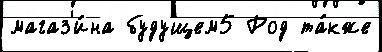
магаз'и́на будущем5 Род та́кже